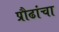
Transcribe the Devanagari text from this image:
प्रौढांचा